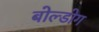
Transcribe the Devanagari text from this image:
बोल्डोग